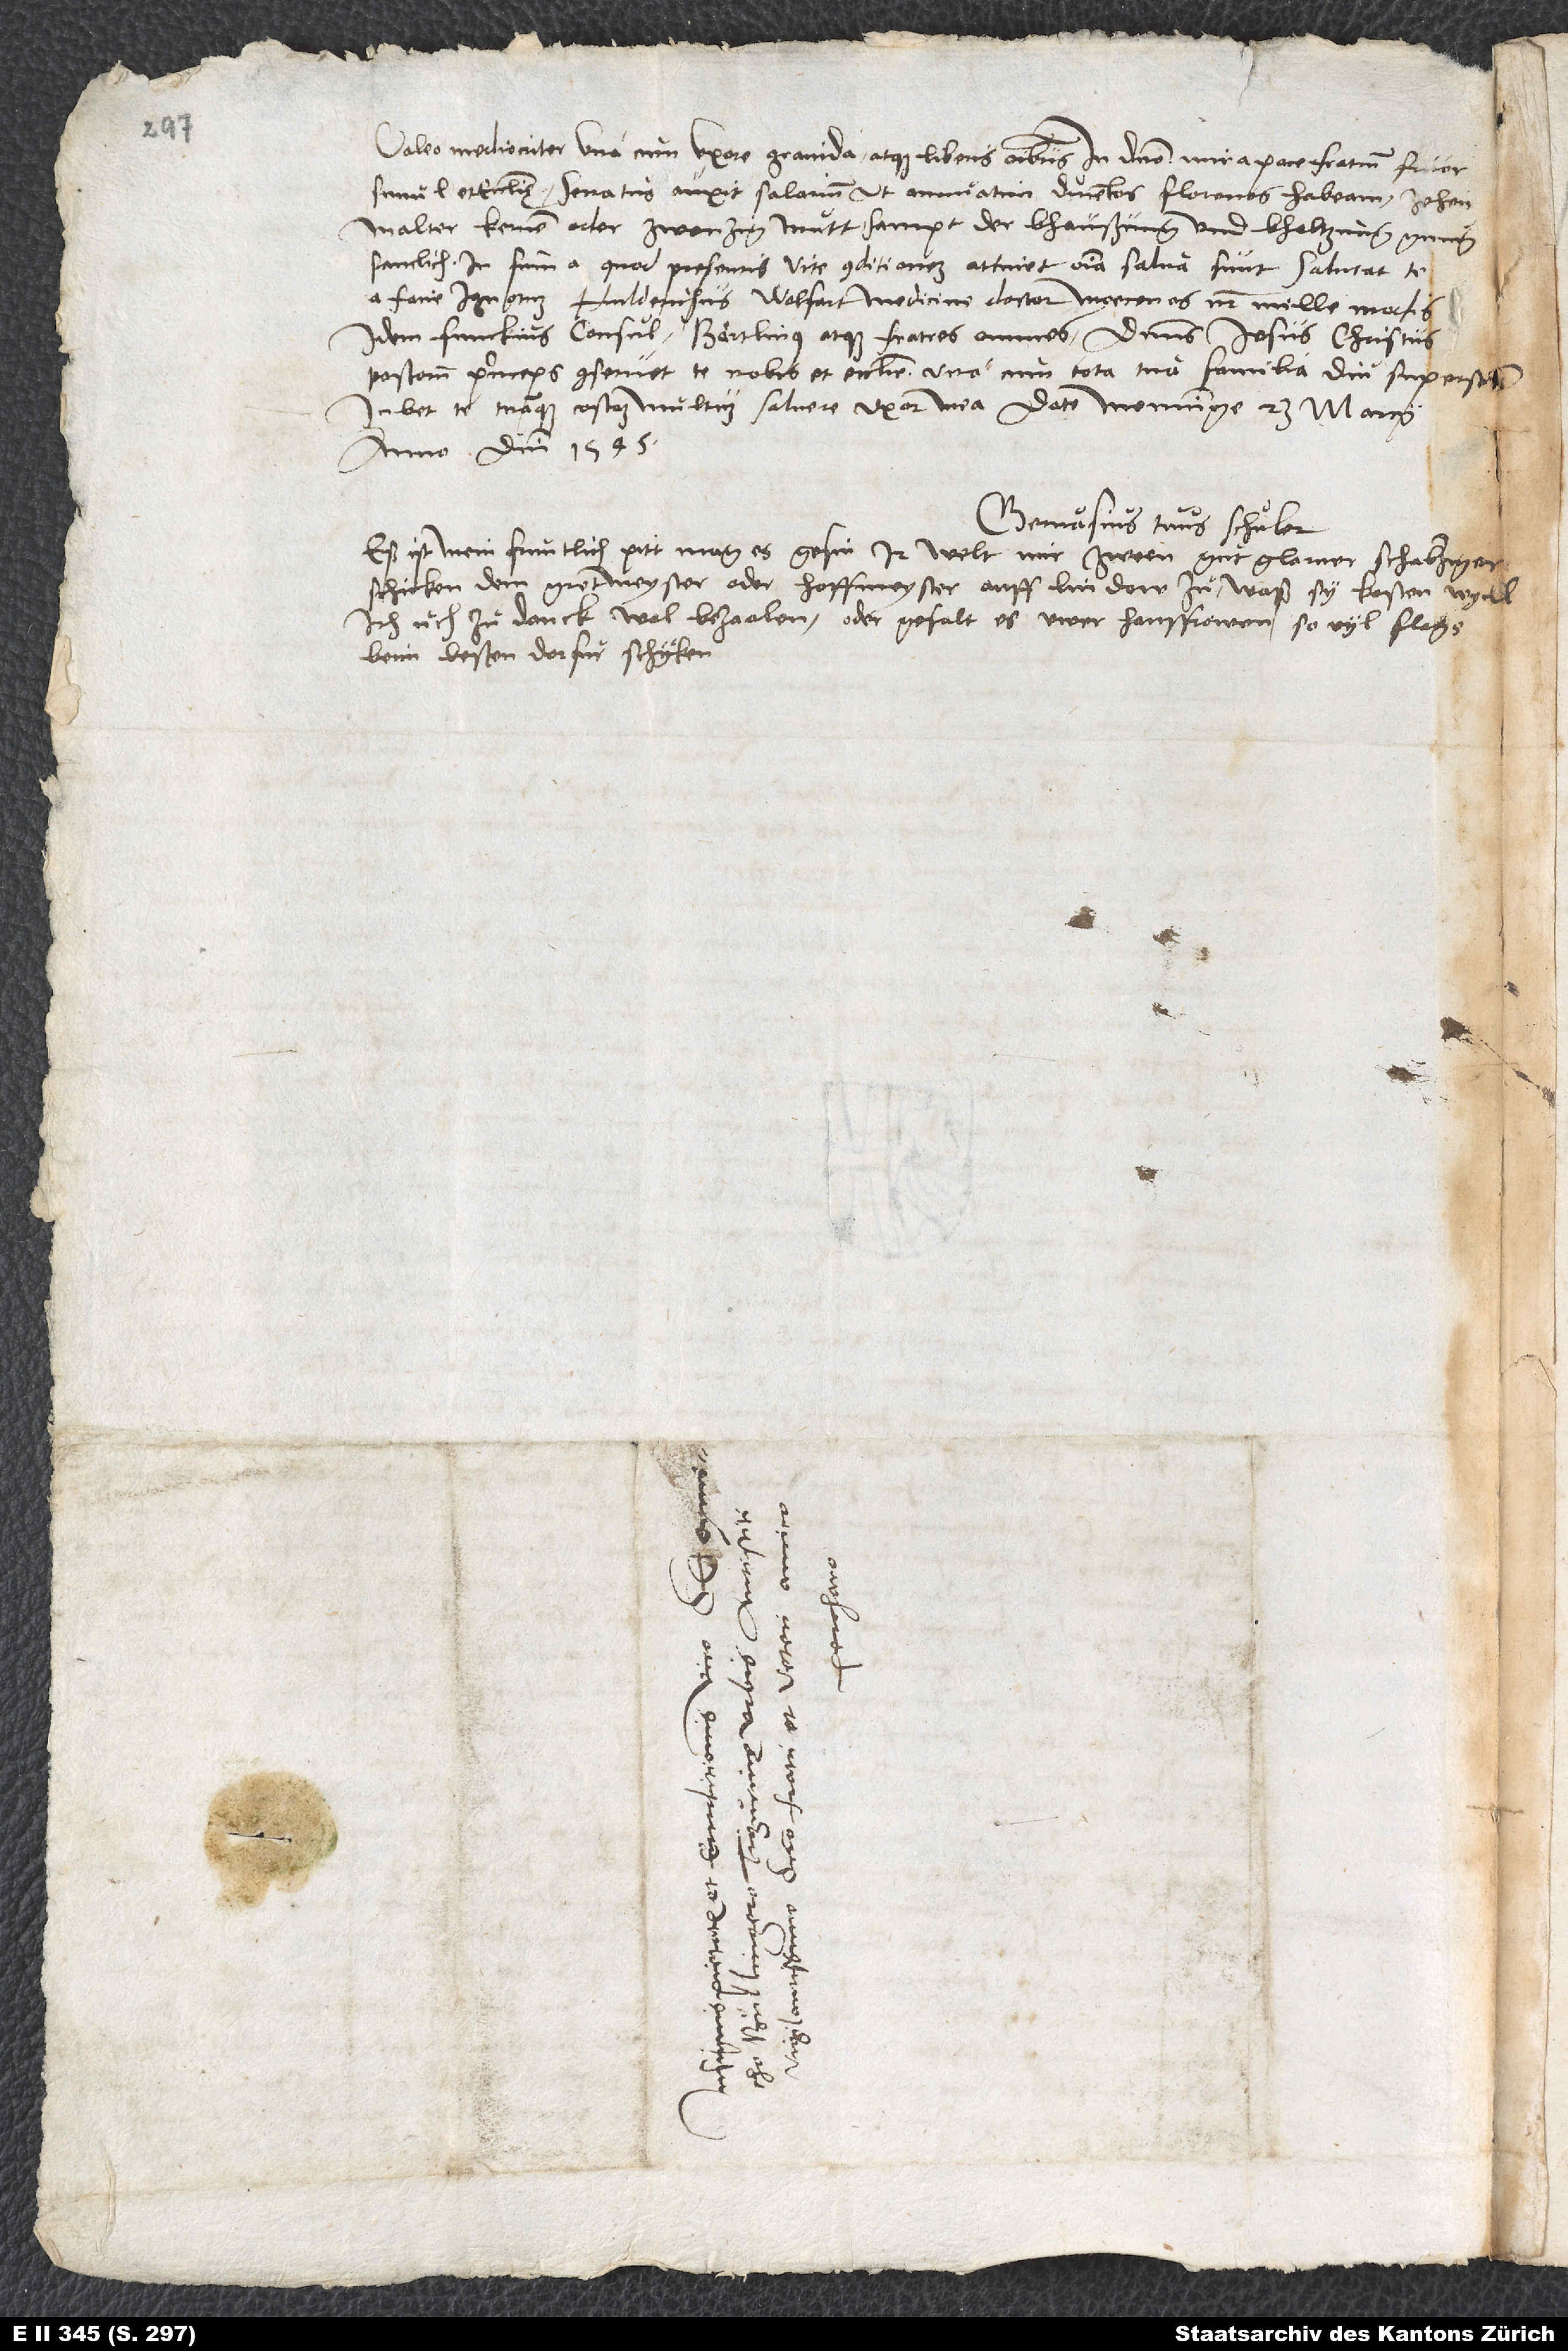
Valeo mediocriter una cum uxore gravida atque liberis omnibus. In domino mira pace fratrum fruor
simul et ecclesię. Senatus auxit salarium, ut annuatim ducentos florenos habeam, zehen
malter kernen oder zwenzig mutt sampt der bhaußung und bholtzung gnugsamlich.
summa, quod presentis vite conditionem attinet, omnia salva sunt. Salutat te
a facie ignotum Hulderichus Wolfart, medicine doctor, moecenas noster, mille modis,
idem Funckius consul, Baͤrtlinus atque fratres omnes. Dominus Iesus Christus,
pastorum princeps, conservet te nobis et ecclesie una cum tota tua familia diu superst.
Iubet te tuamque costam multum salvere uxor mea. Date Memminge, 23. marcii
anno domini 1545.
Gervasius tuus Schuͦler.
Eß ist mein fruntlich pitt, mag es gesin, ir welt mir zween gut Glarner schabziger
schicken, dem gretmeyster oder hoffmeyster auff Lindow zu. Waß sy kosten, wy
ich uch zu danck wol bezaalen, oder, gefalt es uwer hausfrowen, so vyl flags
beim besten dorfur schyken.